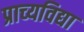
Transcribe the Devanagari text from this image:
प्राच्‍यविद्या